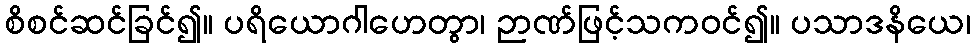
စိစင်ဆင်ခြင်၍။ ပရိယောဂါဟေတွာ၊ ဉာဏ်ဖြင့်သကဝင်၍။ ပသာဒနိယေ၊